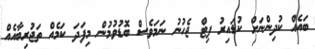
ބައެއް ކުދިންނަށް ކުޑައިރު ފިޓް ޖެހުނު ނަމަވެސް ބޮޑުވުމުން މިފަދަ ކަމެއް ތަޖުރިބާއެއް